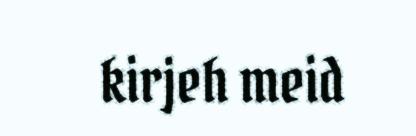
kirjeh meid